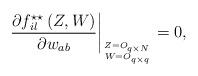
LaTeX: \begin{align*} \left.\frac{\partial f^{\star\star}_{il}\left(Z,W\right)}{\partial w_{ab}}\right\vert_{Z= O_{q\times N} \atop{W= O_{q\times q}}}=0,\end{align*}